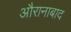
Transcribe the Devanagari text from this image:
औरानाबाद